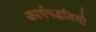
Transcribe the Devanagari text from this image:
कार्यपद्धतियाँ